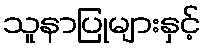
သူနာပြုများနှင့်